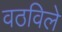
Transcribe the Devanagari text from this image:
वठविले